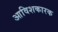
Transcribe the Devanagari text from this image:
आविशकारक